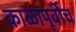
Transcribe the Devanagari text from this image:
काळापूर्वीच